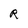
Character: R